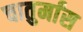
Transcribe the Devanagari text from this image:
चातुर्मांस